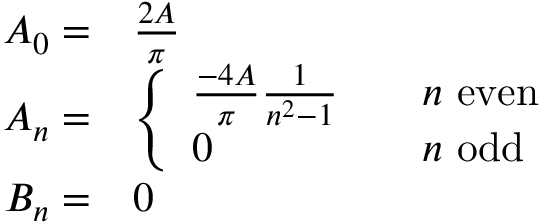
{ \begin{array} { r l } { A _ { 0 } = } & { { \frac { 2 A } { \pi } } } \\ { A _ { n } = } & { { \left\{ \begin{array} { l l } { { \frac { - 4 A } { \pi } } { \frac { 1 } { n ^ { 2 } - 1 } } } & { \quad n { \mathrm { ~ e v e n } } } \\ { 0 } & { \quad n { \mathrm { ~ o d d } } } \end{array} \right. } } \\ { B _ { n } = } & { 0 } \end{array} }